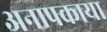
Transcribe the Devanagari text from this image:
अनापकाया